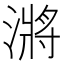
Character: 𭲎